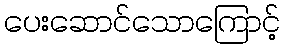
ပေးဆောင်သောကြောင့်